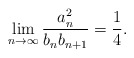
\begin{align*} \lim_{n \rightarrow \infty} \frac{a_n^2}{b_n b_{n+1}} = \frac{1}{4}. \end{align*}